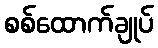
စစ်ထောက်ချုပ်